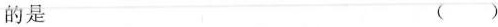
的是 ()